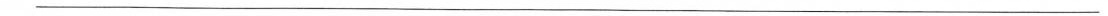
___